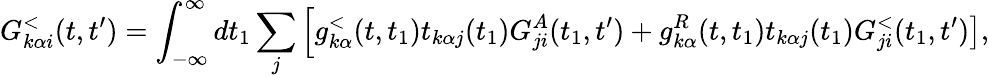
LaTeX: G_{k\alpha i}^{<}(t,t^{\prime})=\int_{-\infty}^{\infty}dt_{1}\sum_{j}\left[g_{k\alpha}^{<}(t,t_{1})t_{k\alpha j}(t_{1})G_{ji}^{A}(t_{1},t^{\prime})\right.+\left.g_{k\alpha}^{R}(t,t_{1})t_{k\alpha j}(t_{1})G_{ji}^{<}(t_{1},t^{\prime})\right],